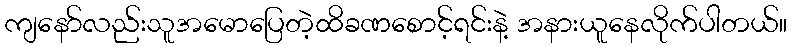
ကျနော်လည်းသူအမောပြေတဲ့ထိခဏစောင့်ရင်းနဲ့ အနားယူနေလိုက်ပါတယ်။